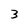
Character: 3